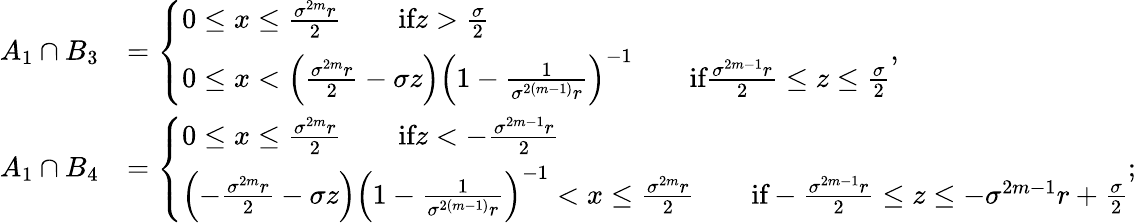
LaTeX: \begin{array}{rl}{A_{1}\cap B_{3}}&{=\left\{ \begin{array}{ll}{0\leq x\leq\frac{\sigma^{2m}r}{2}\qquad\textrm{if}z>\frac{\sigma}{2}}\\ {0\leq x<\left(\frac{\sigma^{2m}r}{2}-\sigma z\right)\left(1-\frac{1}{\sigma^{2(m-1)}r}\right)^{-1}\qquad\textrm{if}\frac{\sigma^{2m-1}r}{2}\leq z\leq\frac{\sigma}{2}}\end{array}\right.,}\\ {A_{1}\cap B_{4}}&{=\left\{ \begin{array}{ll}{0\leq x\leq\frac{\sigma^{2m}r}{2}\qquad\textrm{if}z<-\frac{\sigma^{2m-1}r}{2}}\\ {\left(-\frac{\sigma^{2m}r}{2}-\sigma z\right)\left(1-\frac{1}{\sigma^{2(m-1)}r}\right)^{-1}<x\leq\frac{\sigma^{2m}r}{2}\qquad\textrm{if}-\frac{\sigma^{2m-1}r}{2}\leq z\leq-\sigma^{2m-1}r+\frac{\sigma}{2}}\end{array}\right.;}\end{array}